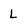
Character: L